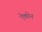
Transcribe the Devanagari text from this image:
ऐकोन